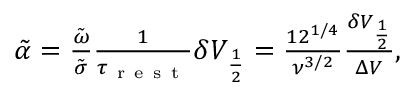
\begin{array} { r } { \tilde { \alpha } = \frac { \tilde { \omega } } { \tilde { \sigma } } \frac { 1 } { \tau _ { \mathrm { ~ r ~ e ~ s ~ t ~ } } } \delta V _ { \frac { 1 } { 2 } } = \frac { 1 2 ^ { 1 / 4 } } { \nu ^ { 3 / 2 } } \frac { \delta V _ { \frac { 1 } { 2 } } } { \Delta V } , } \end{array}